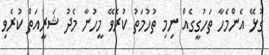
ގުޅޭ އެންމެހާ ތަހުގީގެއް ނިމި ތުހުމަތު ކުރެވޭ މީހުނާ މެދު ޝަރީއަތް ކުރެވި